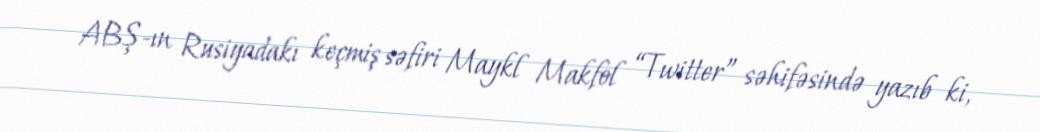
ABŞ-ın Rusiyadakı keçmiş səfiri Maykl Makfol “Twitter” səhifəsində yazıb ki,